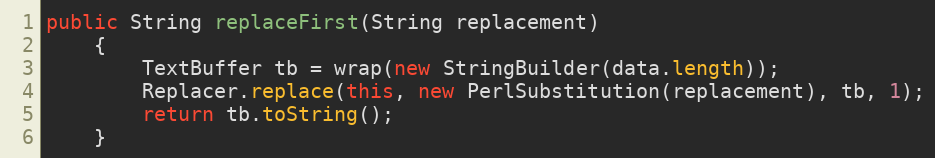
Language: Java
public String replaceFirst(String replacement)
    {
        TextBuffer tb = wrap(new StringBuilder(data.length));
        Replacer.replace(this, new PerlSubstitution(replacement), tb, 1);
        return tb.toString();
    }